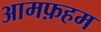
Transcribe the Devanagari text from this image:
आमफ़हम